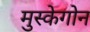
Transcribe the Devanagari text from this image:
मुस्केगोन